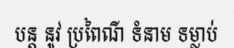
បន្ត នូវ ប្រពៃណី ទំនាម ទម្លាប់